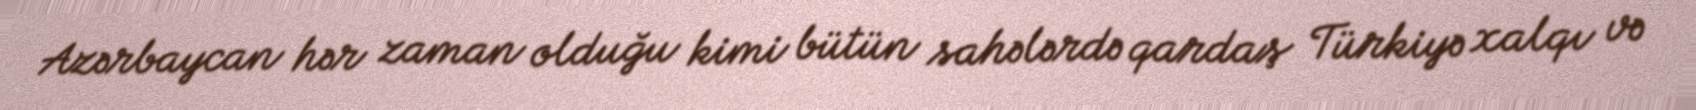
Azərbaycan hər zaman olduğu kimi bütün sahələrdə qardaş Türkiyə xalqı və